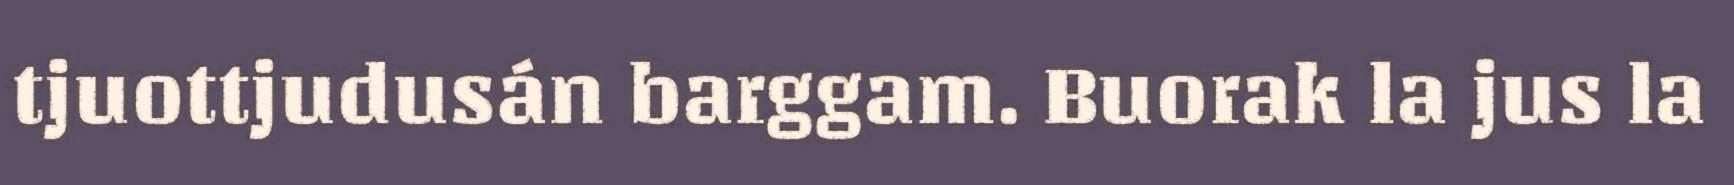
tjuottjudusán barggam. Buorak la jus la